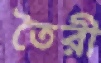
তৈরী